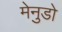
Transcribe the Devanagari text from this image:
मेनुडो